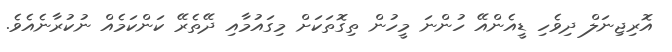
އޮރިޖިނަލް ދިވެހި ޑީއެންއޭ ހުންނަ މީހުން ތިގޮތަކަށް މިގައުމާއި ދޭތެރޭ ކަންކަމެއް ނުކުރާނެއެވެ.